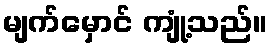
မျက်မှောင် ကျုံ့သည်။